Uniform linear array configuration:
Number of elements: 48
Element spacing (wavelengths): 0.5
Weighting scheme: uniform
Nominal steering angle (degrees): -15
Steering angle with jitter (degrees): -13.324
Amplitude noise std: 0.05
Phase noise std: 0.05

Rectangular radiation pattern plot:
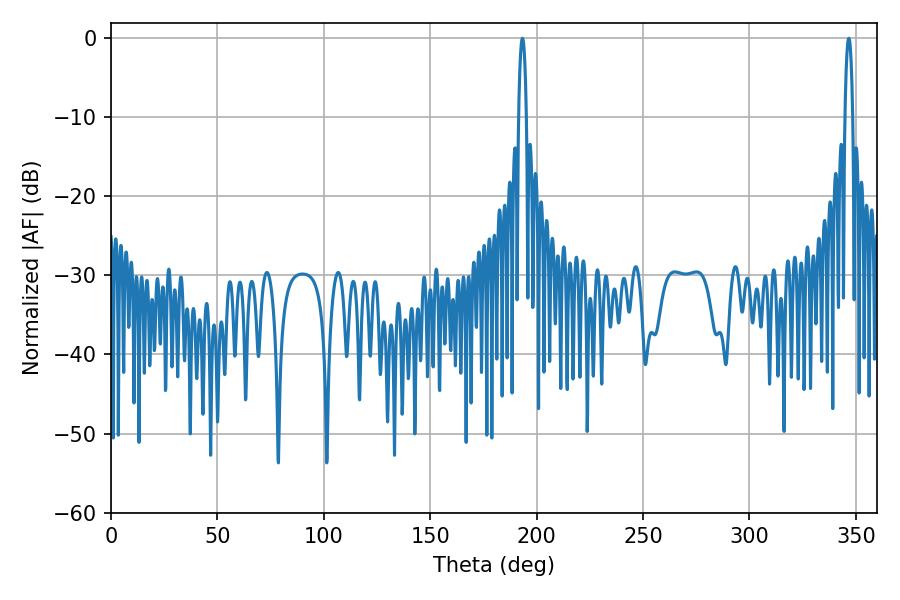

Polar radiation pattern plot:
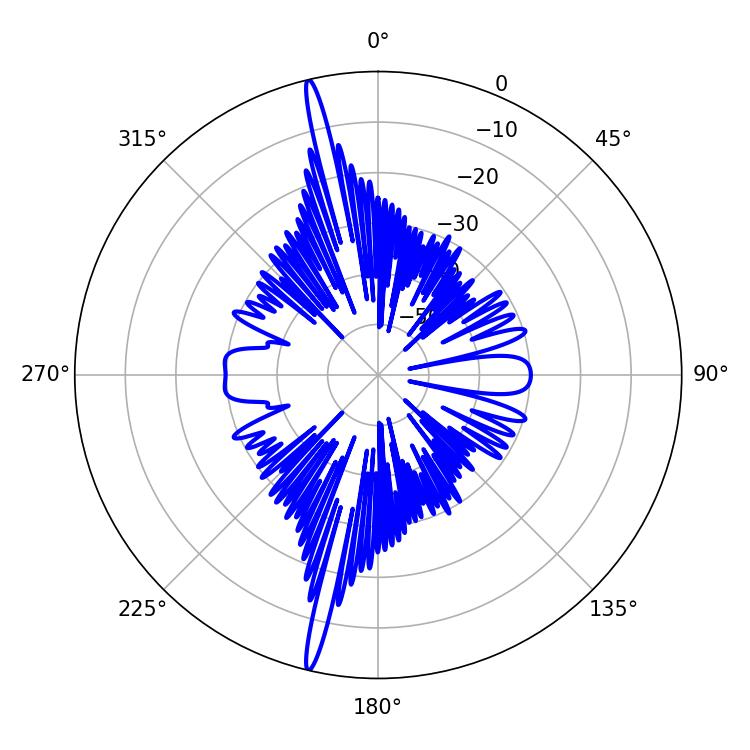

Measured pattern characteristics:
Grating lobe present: FALSE
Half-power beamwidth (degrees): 2.16
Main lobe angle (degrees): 193.32